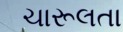
ચારૂલતા